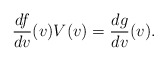
\begin{align*} \frac{df}{dv}(v)V(v)=\frac{dg}{dv}(v).\end{align*}